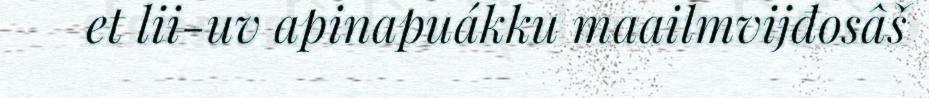
et lii-uv apinapuákku maailmvijđosâš